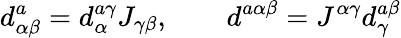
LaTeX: d_{\alpha\beta}^{a}=d_{\alpha}^{a\gamma}J_{\gamma\beta},\qquad d^{a\alpha\beta}=J^{\alpha\gamma}d_{\gamma}^{a\beta}